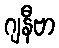
ဂျနီဗာ